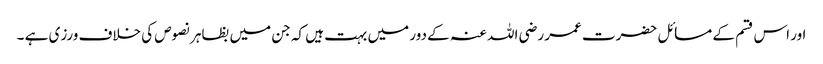
اور اس قسم کے مسائل حضرت عمر رضی اللہ عنہ کے دور میں بہت ہیں کہ جن میں بظاہر نصوص کی خلاف ورزی ہے ۔